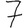
Digit: 7